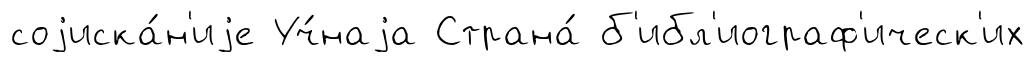
соjиска́н'иjе Уч́наjа Страна́ б'ибл'иограф'ическ'их